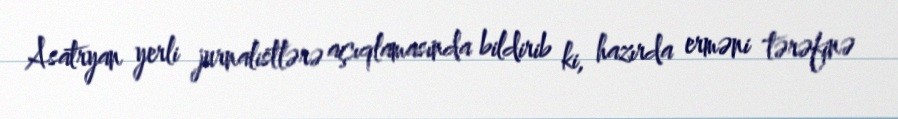
Asatryan yerli jurnalistlərə açıqlamasında bildirib ki, hazırda erməni tərəfinə